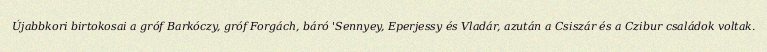
Újabbkori birtokosai a gróf Barkóczy, gróf Forgách, báró 'Sennyey, Eperjessy és Vladár, azután a Csiszár és a Czibur családok voltak.